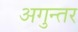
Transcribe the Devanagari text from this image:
अगुन्तर